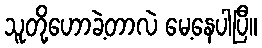
သူတို့ဟောခဲ့တာလဲ မေ့နေပါပြီ။